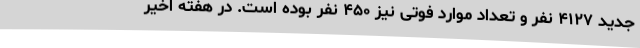
جدید ۴۱۲۷ نفر و تعداد موارد فوتی نیز ۴۵۰ نفر بوده است. در هفته اخیر